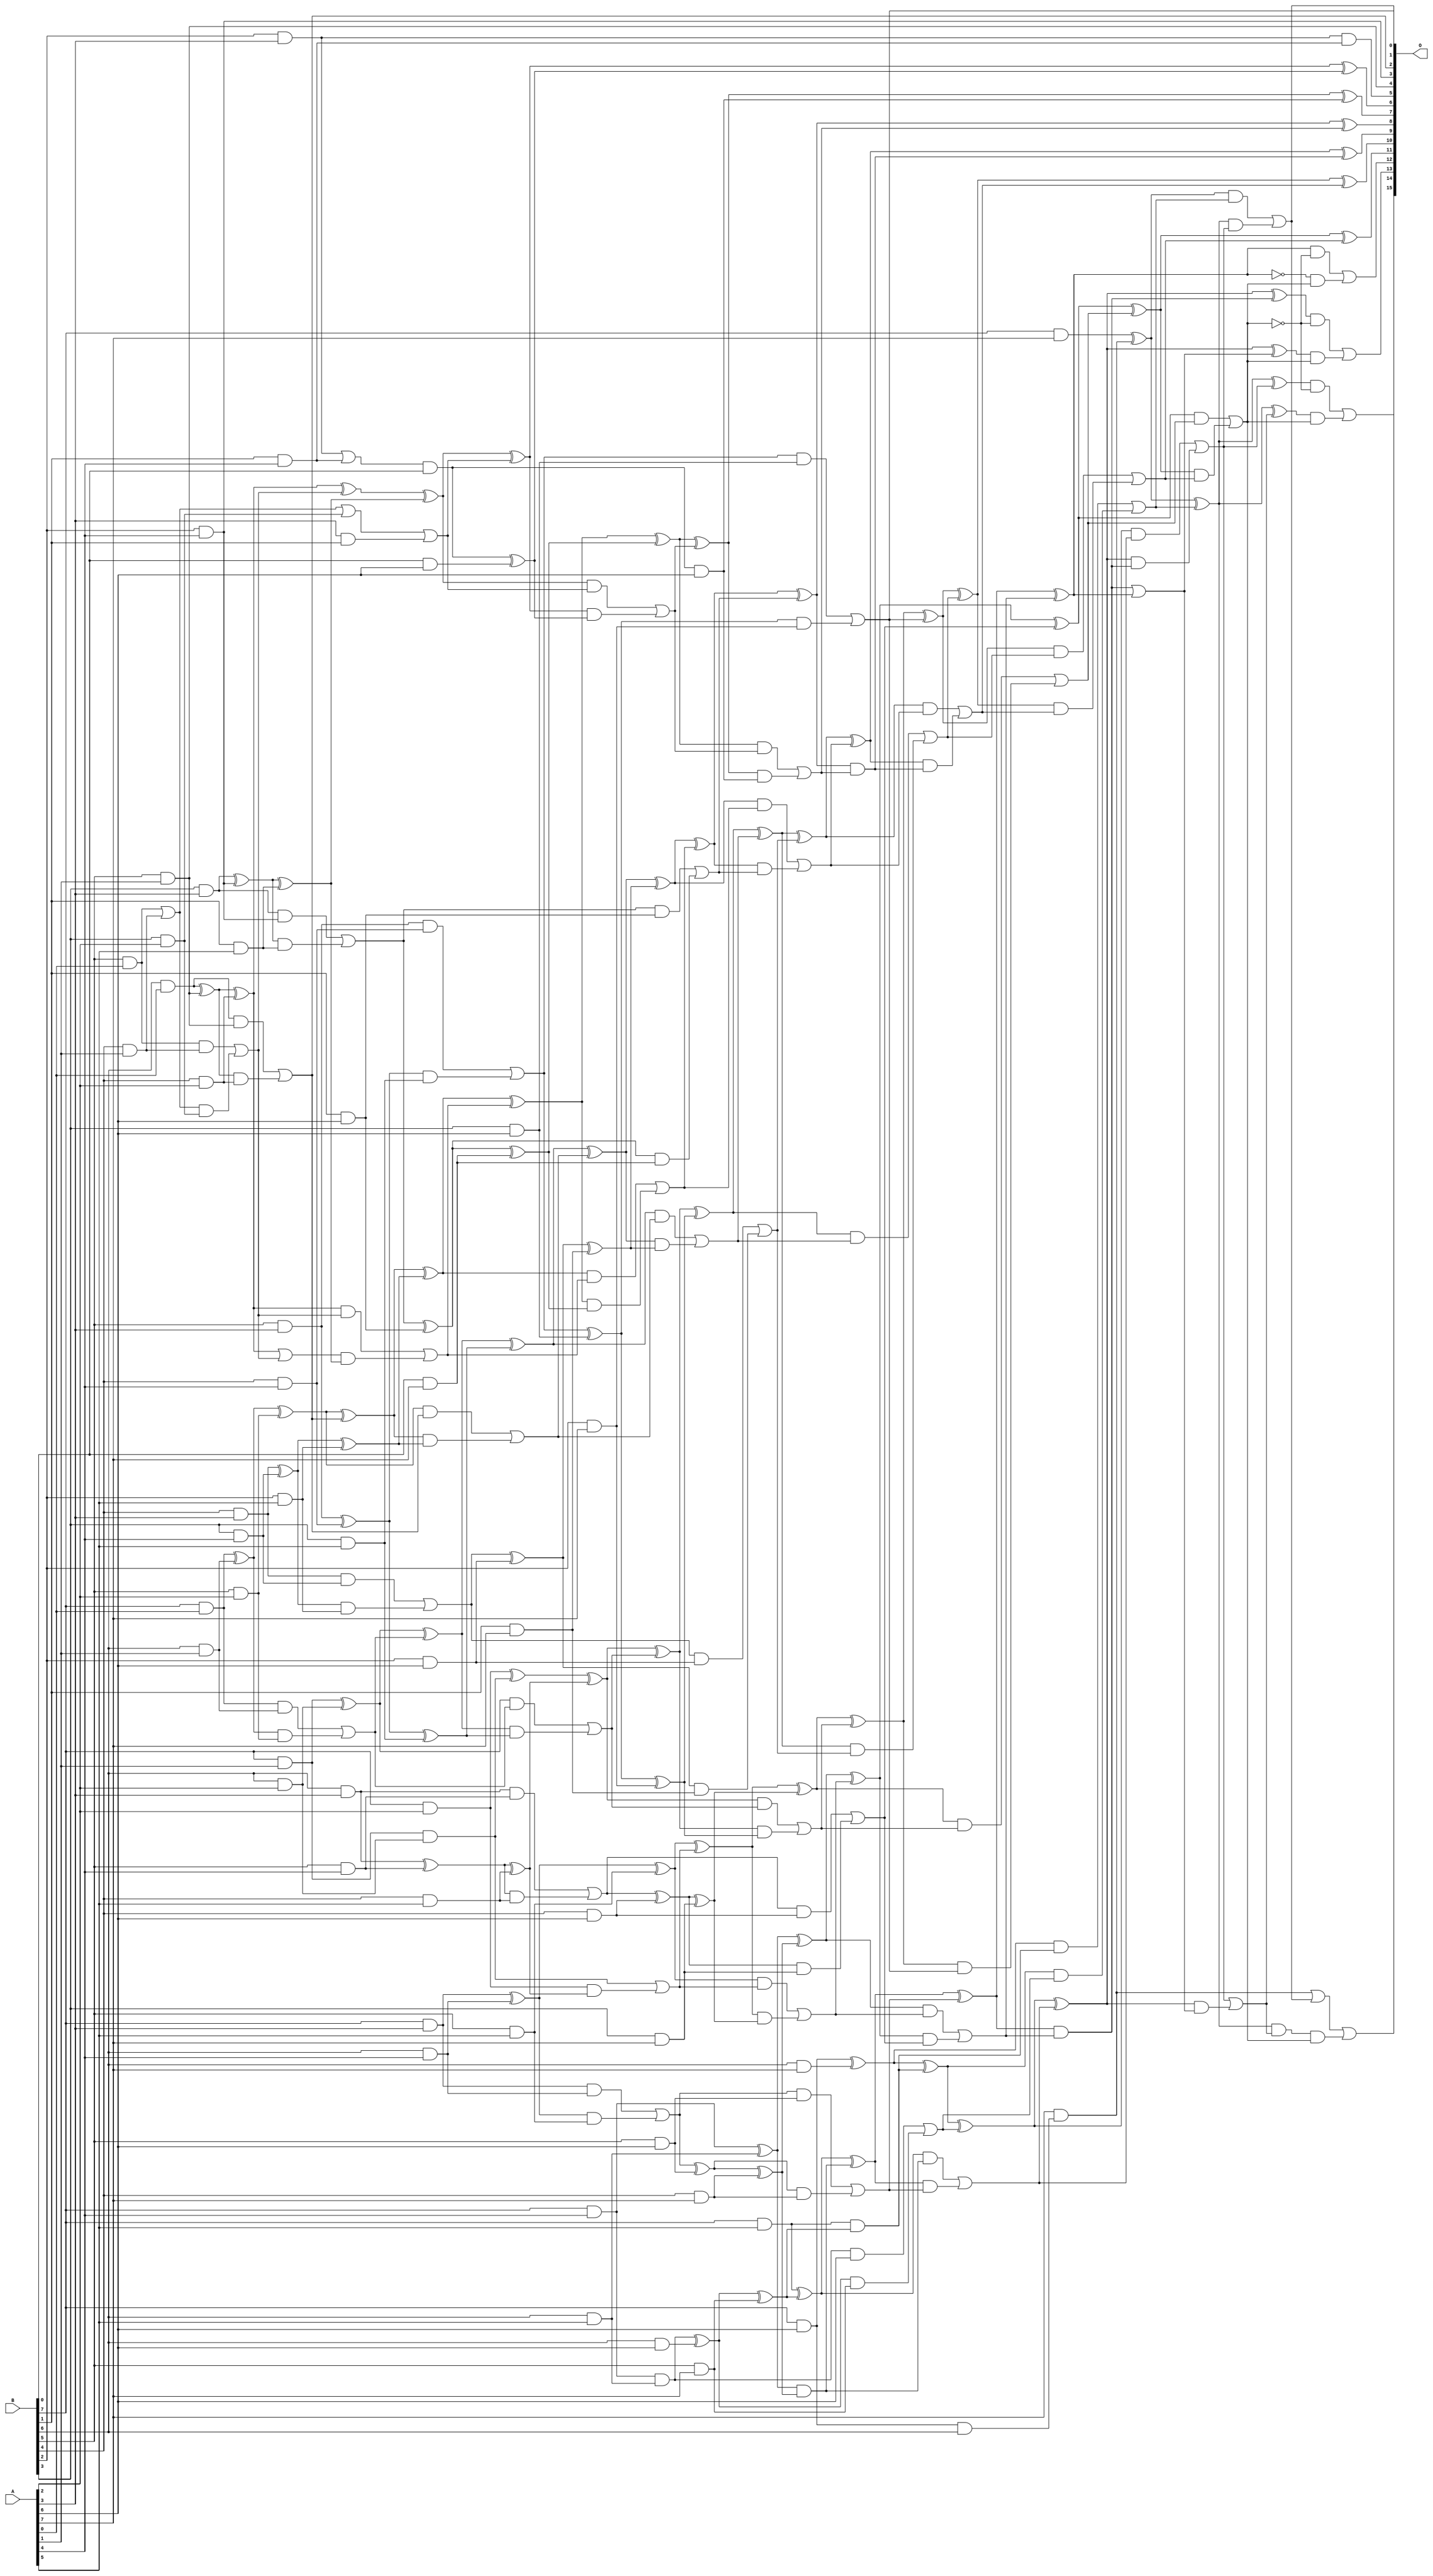
/***
* This code is a part of EvoApproxLib library (ehw.fit.vutbr.cz/approxlib) distributed under The MIT License.
* When used, please cite the following article(s): PRABAKARAN B. S., MRAZEK V., VASICEK Z., SEKANINA L., SHAFIQUE M. ApproxFPGAs: Embracing ASIC-based Approximate Arithmetic Components for FPGA-Based Systems. DAC 2020. 
***/
// MAE% = 0.036 %
// MAE = 24 
// WCE% = 0.13 %
// WCE = 83 
// WCRE% = 300.00 %
// EP% = 94.20 %
// MRE% = 1.19 %
// MSE = 885 
// FPGA_POWER = 1.1
// FPGA_DELAY = 9.7
// FPGA_LUT = 74

module mul8u_7G9 (
    A,
    B,
    O
);

input [7:0] A;
input [7:0] B;
output [15:0] O;

wire sig_21,sig_22,sig_23,sig_28,sig_29,sig_30,sig_31,sig_32,sig_36,sig_37,sig_38,sig_41,sig_43,sig_44,sig_45,sig_46,sig_47,sig_49,sig_50,sig_51;
wire sig_52,sig_53,sig_54,sig_55,sig_57,sig_58,sig_59,sig_60,sig_61,sig_62,sig_63,sig_64,sig_65,sig_66,sig_67,sig_68,sig_69,sig_70,sig_71,sig_72;
wire sig_73,sig_74,sig_75,sig_76,sig_77,sig_78,sig_79,sig_97,sig_98,sig_99,sig_100,sig_101,sig_102,sig_103,sig_104,sig_105,sig_106,sig_107,sig_108,sig_109;
wire sig_110,sig_111,sig_112,sig_113,sig_116,sig_117,sig_118,sig_121,sig_122,sig_123,sig_124,sig_125,sig_126,sig_127,sig_128,sig_129,sig_130,sig_131,sig_132,sig_133;
wire sig_134,sig_135,sig_136,sig_137,sig_138,sig_139,sig_140,sig_141,sig_142,sig_143,sig_144,sig_145,sig_146,sig_147,sig_150,sig_151,sig_162,sig_164,sig_165,sig_166;
wire sig_167,sig_168,sig_169,sig_170,sig_171,sig_172,sig_173,sig_174,sig_175,sig_176,sig_177,sig_178,sig_179,sig_180,sig_182,sig_183,sig_184,sig_185,sig_186,sig_187;
wire sig_188,sig_189,sig_190,sig_191,sig_192,sig_193,sig_194,sig_195,sig_196,sig_197,sig_198,sig_199,sig_200,sig_201,sig_202,sig_203,sig_204,sig_205,sig_206,sig_207;
wire sig_208,sig_209,sig_210,sig_211,sig_212,sig_213,sig_214,sig_215,sig_216,sig_217,sig_218,sig_228,sig_229,sig_230,sig_231,sig_232,sig_233,sig_234,sig_235,sig_236;
wire sig_237,sig_238,sig_239,sig_240,sig_241,sig_242,sig_243,sig_244,sig_245,sig_246,sig_247,sig_248,sig_249,sig_250,sig_251,sig_252,sig_253,sig_254,sig_255,sig_256;
wire sig_263,sig_264,sig_265,sig_266,sig_267,sig_268,sig_269,sig_270,sig_271,sig_272,sig_273,sig_274,sig_275,sig_276,sig_277,sig_278,sig_279,sig_280,sig_281,sig_282;
wire sig_283,sig_284,sig_285,sig_286,sig_287,sig_288,sig_289,sig_290,sig_291,sig_292,sig_293,sig_294,sig_295,sig_296,sig_297,sig_298,sig_299,sig_328,sig_329,sig_330;
wire sig_331,sig_332,sig_333,sig_334,sig_335,sig_336,sig_337,sig_338,sig_339,sig_340,sig_341,sig_342,sig_343,sig_344,sig_384,sig_385,sig_386,sig_387,sig_388,sig_389;
wire sig_390,sig_391,sig_392,sig_393,sig_394,sig_395,sig_397,sig_398,sig_400,sig_401,sig_404,sig_405,sig_406,sig_407,sig_409,sig_410,sig_415,sig_416,sig_417,sig_418;
wire sig_419,sig_420,sig_421,sig_423,sig_424,sig_425,sig_428,sig_429;

assign sig_21 = B[5] & A[0];
assign sig_22 = B[6] & A[0];
assign sig_23 = B[7] & A[0];
assign sig_28 = B[4] & A[1];
assign sig_29 = B[5] & A[1];
assign sig_30 = B[6] & A[1];
assign sig_31 = B[7] & A[1];
assign sig_32 = B[2] & A[3];
assign sig_36 = B[4] & A[2];
assign sig_37 = B[5] & A[2];
assign sig_38 = B[6] & A[2];
assign sig_41 = B[3] & A[2];
assign sig_43 = B[3] & A[3];
assign sig_44 = B[4] & A[3];
assign sig_45 = B[5] & A[3];
assign sig_46 = B[6] & A[3];
assign sig_47 = B[7] & A[3];
assign sig_49 = B[1] & A[4];
assign sig_50 = B[2] & A[4];
assign sig_51 = B[3] & A[4];
assign sig_52 = B[4] & A[4];
assign sig_53 = B[5] & A[4];
assign sig_54 = B[6] & A[4];
assign sig_55 = B[7] & A[4];
assign sig_57 = B[1] & A[5];
assign sig_58 = B[2] & A[5];
assign sig_59 = B[3] & A[5];
assign sig_60 = B[4] & A[5];
assign sig_61 = B[5] & A[5];
assign sig_62 = B[6] & A[5];
assign sig_63 = B[7] & A[5];
assign sig_64 = B[0] & A[6];
assign sig_65 = B[1] & A[6];
assign sig_66 = B[2] & A[6];
assign sig_67 = B[3] & A[6];
assign sig_68 = B[4] & A[6];
assign sig_69 = B[5] & A[6];
assign sig_70 = B[6] & A[6];
assign sig_71 = B[7] & A[6];
assign sig_72 = B[0] & A[7];
assign sig_73 = B[1] & A[7];
assign sig_74 = B[2] & A[7];
assign sig_75 = B[3] & A[7];
assign sig_76 = B[4] & A[7];
assign sig_77 = B[5] & A[7];
assign sig_78 = B[6] & A[7];
assign sig_79 = B[7] & A[7];
assign sig_97 = sig_21 | sig_28;
assign sig_98 = sig_21 & sig_28;
assign sig_99 = sig_97 & sig_41;
assign sig_100 = sig_97 | sig_41;
assign sig_101 = sig_98 | sig_99;
assign sig_102 = sig_22 ^ sig_29;
assign sig_103 = sig_22 & sig_29;
assign sig_104 = sig_102 & sig_36;
assign sig_105 = sig_102 ^ sig_36;
assign sig_106 = sig_103 | sig_104;
assign sig_107 = sig_23 ^ sig_30;
assign sig_108 = sig_23 & sig_30;
assign sig_109 = sig_107 & sig_37;
assign sig_110 = sig_107 ^ sig_37;
assign sig_111 = sig_108 | sig_109;
assign sig_112 = sig_31 & sig_38;
assign sig_113 = sig_31 ^ sig_38;
assign sig_116 = sig_32 | sig_49;
assign sig_117 = sig_32 & sig_49;
assign sig_118 = sig_116 & B[0];
assign sig_121 = sig_43 ^ sig_50;
assign sig_122 = sig_43 & sig_50;
assign sig_123 = sig_121 & sig_57;
assign sig_124 = sig_121 ^ sig_57;
assign sig_125 = sig_122 | sig_123;
assign sig_126 = sig_44 ^ sig_51;
assign sig_127 = sig_44 & sig_51;
assign sig_128 = sig_126 & sig_58;
assign sig_129 = sig_126 ^ sig_58;
assign sig_130 = sig_127 | sig_128;
assign sig_131 = sig_45 ^ sig_52;
assign sig_132 = sig_45 & sig_52;
assign sig_133 = sig_131 & sig_59;
assign sig_134 = sig_131 ^ sig_59;
assign sig_135 = sig_132 | sig_133;
assign sig_136 = sig_46 ^ sig_53;
assign sig_137 = sig_46 & sig_53;
assign sig_138 = sig_136 & sig_60;
assign sig_139 = sig_136 ^ sig_60;
assign sig_140 = sig_137 | sig_138;
assign sig_141 = sig_47 ^ sig_54;
assign sig_142 = sig_47 & sig_54;
assign sig_143 = sig_141 & sig_61;
assign sig_144 = sig_141 ^ sig_61;
assign sig_145 = sig_142 | sig_143;
assign sig_146 = sig_55 & sig_62;
assign sig_147 = sig_55 ^ sig_62;
assign sig_150 = sig_105 | sig_101;
assign sig_151 = B[7] & A[2];
assign sig_162 = A[3] & B[1];
assign sig_164 = sig_100 | sig_162;
assign sig_165 = sig_105 ^ sig_101;
assign sig_166 = sig_105 & sig_101;
assign sig_167 = sig_150 & sig_124;
assign sig_168 = sig_165 ^ sig_124;
assign sig_169 = sig_166 | sig_167;
assign sig_170 = sig_110 ^ sig_106;
assign sig_171 = sig_110 & sig_106;
assign sig_172 = sig_170 & sig_129;
assign sig_173 = sig_170 ^ sig_129;
assign sig_174 = sig_171 | sig_172;
assign sig_175 = sig_113 ^ sig_111;
assign sig_176 = sig_113 & sig_111;
assign sig_177 = sig_175 & sig_134;
assign sig_178 = sig_175 ^ sig_134;
assign sig_179 = sig_176 | sig_177;
assign sig_180 = sig_151 ^ sig_112;
assign sig_182 = sig_151 & sig_139;
assign sig_183 = sig_180 ^ sig_139;
assign sig_184 = sig_112 | sig_182;
assign sig_185 = sig_118 ^ sig_64;
assign sig_186 = sig_118 & A[6];
assign sig_187 = sig_125 ^ sig_65;
assign sig_188 = sig_125 & sig_65;
assign sig_189 = sig_187 & sig_72;
assign sig_190 = sig_187 ^ sig_72;
assign sig_191 = sig_188 | sig_189;
assign sig_192 = sig_130 ^ sig_66;
assign sig_193 = sig_130 & sig_66;
assign sig_194 = sig_192 & sig_73;
assign sig_195 = sig_192 ^ sig_73;
assign sig_196 = sig_193 | sig_194;
assign sig_197 = sig_135 ^ sig_67;
assign sig_198 = sig_135 & sig_67;
assign sig_199 = sig_197 & sig_74;
assign sig_200 = sig_197 ^ sig_74;
assign sig_201 = sig_198 | sig_199;
assign sig_202 = sig_140 ^ sig_68;
assign sig_203 = sig_140 & sig_68;
assign sig_204 = sig_202 & sig_75;
assign sig_205 = sig_202 ^ sig_75;
assign sig_206 = sig_203 | sig_204;
assign sig_207 = sig_145 ^ sig_69;
assign sig_208 = sig_145 & sig_69;
assign sig_209 = sig_207 & sig_76;
assign sig_210 = sig_207 ^ sig_76;
assign sig_211 = sig_208 | sig_209;
assign sig_212 = sig_146 ^ sig_70;
assign sig_213 = sig_146 & A[6];
assign sig_214 = sig_212 & sig_77;
assign sig_215 = sig_212 ^ sig_77;
assign sig_216 = sig_213 | sig_214;
assign sig_217 = sig_71 & B[6];
assign sig_218 = sig_71 ^ sig_78;
assign sig_228 = sig_168 ^ sig_164;
assign sig_229 = sig_168 & sig_164;
assign sig_230 = sig_228 & sig_185;
assign sig_231 = sig_228 ^ sig_185;
assign sig_232 = sig_229 | sig_230;
assign sig_233 = sig_173 ^ sig_169;
assign sig_234 = sig_173 & sig_169;
assign sig_235 = sig_233 & sig_190;
assign sig_236 = sig_233 ^ sig_190;
assign sig_237 = sig_234 | sig_235;
assign sig_238 = sig_178 ^ sig_174;
assign sig_239 = sig_178 & sig_174;
assign sig_240 = sig_238 & sig_195;
assign sig_241 = sig_238 ^ sig_195;
assign sig_242 = sig_239 | sig_240;
assign sig_243 = sig_183 ^ sig_179;
assign sig_244 = sig_183 & sig_179;
assign sig_245 = sig_243 & sig_200;
assign sig_246 = sig_243 ^ sig_200;
assign sig_247 = sig_244 | sig_245;
assign sig_248 = sig_144 ^ sig_184;
assign sig_249 = sig_144 & sig_184;
assign sig_250 = sig_248 & sig_205;
assign sig_251 = sig_248 ^ sig_205;
assign sig_252 = sig_249 | sig_250;
assign sig_253 = sig_147 & sig_210;
assign sig_254 = sig_147 ^ sig_210;
assign sig_255 = sig_63 & sig_215;
assign sig_256 = sig_63 ^ sig_215;
assign sig_263 = sig_236 ^ sig_232;
assign sig_264 = sig_236 & sig_232;
assign sig_265 = sig_263 & sig_186;
assign sig_266 = sig_263 ^ sig_186;
assign sig_267 = sig_264 | sig_265;
assign sig_268 = sig_241 ^ sig_237;
assign sig_269 = sig_241 & sig_237;
assign sig_270 = sig_268 & sig_191;
assign sig_271 = sig_268 ^ sig_191;
assign sig_272 = sig_269 | sig_270;
assign sig_273 = sig_246 ^ sig_242;
assign sig_274 = sig_246 & sig_242;
assign sig_275 = sig_273 & sig_196;
assign sig_276 = sig_273 ^ sig_196;
assign sig_277 = sig_274 | sig_275;
assign sig_278 = sig_251 ^ sig_247;
assign sig_279 = sig_251 & sig_247;
assign sig_280 = sig_278 & sig_201;
assign sig_281 = sig_278 ^ sig_201;
assign sig_282 = sig_279 | sig_280;
assign sig_283 = sig_254 ^ sig_252;
assign sig_284 = sig_254 & sig_252;
assign sig_285 = sig_283 & sig_206;
assign sig_286 = sig_283 ^ sig_206;
assign sig_287 = sig_284 | sig_285;
assign sig_288 = sig_256 ^ sig_253;
assign sig_289 = sig_256 & sig_253;
assign sig_290 = sig_288 & sig_211;
assign sig_291 = sig_288 ^ sig_211;
assign sig_292 = sig_289 | sig_290;
assign sig_293 = sig_218 ^ sig_255;
assign sig_294 = sig_218 & sig_255;
assign sig_295 = sig_293 & sig_216;
assign sig_296 = sig_293 ^ sig_216;
assign sig_297 = sig_294 | sig_295;
assign sig_298 = A[7] & sig_217;
assign sig_299 = sig_79 ^ sig_298;
assign sig_328 = sig_271 ^ sig_267;
assign sig_329 = sig_271 & sig_267;
assign sig_330 = sig_276 ^ sig_272;
assign sig_331 = sig_276 & sig_272;
assign sig_332 = sig_330 & sig_329;
assign sig_333 = sig_330 ^ sig_329;
assign sig_334 = sig_331 | sig_332;
assign sig_335 = sig_281 ^ sig_277;
assign sig_336 = sig_281 & sig_277;
assign sig_337 = sig_335 & sig_334;
assign sig_338 = sig_335 ^ sig_334;
assign sig_339 = sig_336 | sig_337;
assign sig_340 = sig_286 ^ sig_282;
assign sig_341 = sig_286 & sig_282;
assign sig_342 = sig_340 & sig_339;
assign sig_343 = sig_340 ^ sig_339;
assign sig_344 = sig_341 | sig_342;
assign sig_384 = ~sig_344;
assign sig_385 = sig_291 & sig_287;
assign sig_386 = sig_296 ^ sig_292;
assign sig_387 = sig_296 & sig_292;
assign sig_388 = sig_386 & sig_385;
assign sig_389 = sig_386 ^ sig_385;
assign sig_390 = sig_387 | sig_388;
assign sig_391 = sig_299 ^ sig_297;
assign sig_392 = sig_299 & sig_297;
assign sig_393 = sig_391 & sig_390;
assign sig_394 = sig_391 ^ sig_390;
assign sig_395 = sig_392 | sig_393;
assign sig_397 = sig_298 | sig_395;
assign sig_398 = sig_291 ^ sig_287;
assign sig_400 = ~sig_398;
assign sig_401 = sig_385 | sig_398;
assign sig_404 = sig_386 & sig_401;
assign sig_405 = sig_386 ^ sig_401;
assign sig_406 = sig_390 | sig_404;
assign sig_407 = ~sig_344;
assign sig_409 = sig_391 & sig_406;
assign sig_410 = sig_391 ^ sig_406;
assign sig_415 = sig_398 & sig_407;
assign sig_416 = sig_400 & sig_344;
assign sig_417 = sig_415 | sig_416;
assign sig_418 = ~sig_344;
assign sig_419 = sig_389 & sig_418;
assign sig_420 = sig_405 & sig_344;
assign sig_421 = sig_419 | sig_420;
assign sig_423 = sig_394 & sig_384;
assign sig_424 = sig_410 & sig_344;
assign sig_425 = sig_423 | sig_424;
assign sig_428 = sig_409 & sig_344;
assign sig_429 = sig_397 | sig_428;

assign O[15] = sig_429;
assign O[14] = sig_425;
assign O[13] = sig_421;
assign O[12] = sig_417;
assign O[11] = sig_343;
assign O[10] = sig_338;
assign O[9] = sig_333;
assign O[8] = sig_328;
assign O[7] = sig_266;
assign O[6] = sig_231;
assign O[5] = sig_117;
assign O[4] = sig_29;
assign O[3] = sig_50;
assign O[2] = sig_106;
assign O[1] = sig_201;
assign O[0] = sig_395;

endmodule